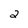
Character: 2